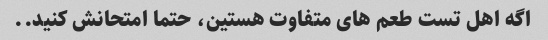
اگه اهل تست طعم های متفاوت هستین، حتما امتحانش کنید..